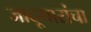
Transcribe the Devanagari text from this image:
जादूगारांचा